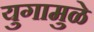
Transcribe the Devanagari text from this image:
युगामुळे